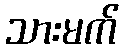
သားမက်